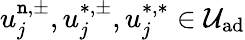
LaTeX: u_{j}^{\mathtt{n},\pm},u_{j}^{*,\pm},u_{j}^{*,*}\in\mathcal{{U}}_{\textrm{{ad}}}